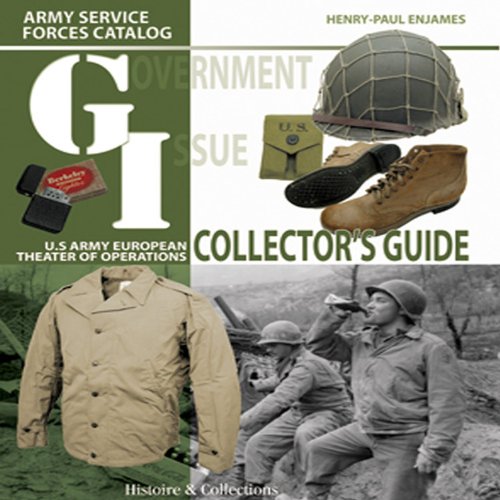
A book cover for GI Collector's Guide: Army Service Forces Catalog, U.S. Army European Theater of Operations; Henry-Paul Enjames; Crafts, Hobbies & Home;